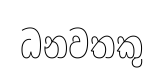
ධනවතකු